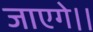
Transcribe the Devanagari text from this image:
जाएगे।।